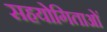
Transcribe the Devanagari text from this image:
सहयोगिताओं